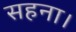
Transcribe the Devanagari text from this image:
सहना।